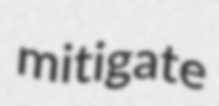
mitigate